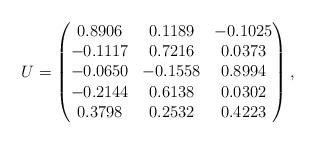
LaTeX: \begin{align*}U = \begin{pmatrix}0.8906 & 0.1189 & -0.1025 \\-0.1117 & 0.7216 & 0.0373 \\-0.0650 & -0.1558 & 0.8994 \\-0.2144 & 0.6138 & 0.0302 \\0.3798 & 0.2532 & 0.4223\end{pmatrix}, \end{align*}